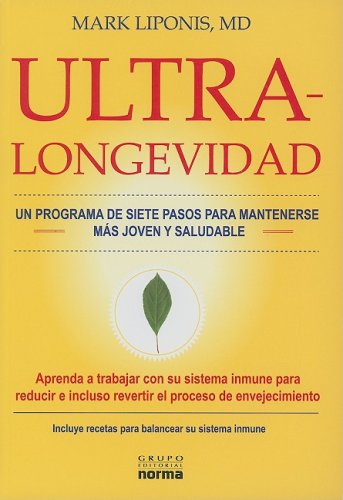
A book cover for Ultra Longevidad: Un Programa de Siete Pasos Para Mantenerse Mas Joven y Saludable (Spanish Edition); Mark Liponis; Health, Fitness & Dieting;